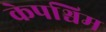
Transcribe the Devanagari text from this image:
केपश्चिम